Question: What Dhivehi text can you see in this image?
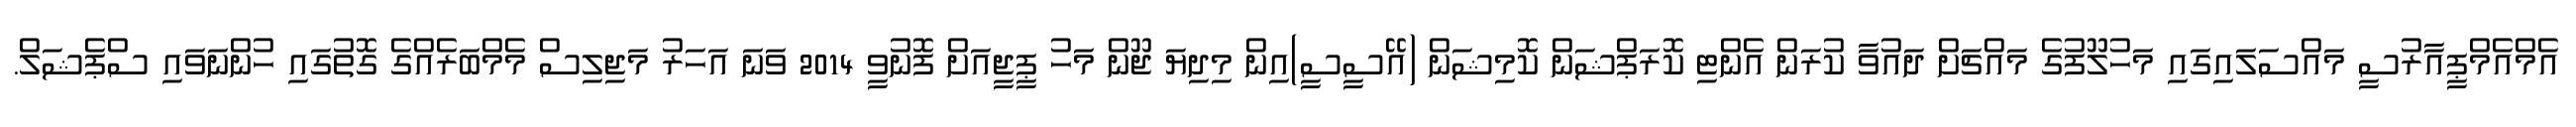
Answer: އެމްއެމްޕީއާރުސީ މައްސަލައިގައި މަހުލޫފުގެ މައްޗަށް ދައުވާ ކުރަން އެންޓި ކޮރަޕްޝަން ކޮމިޝަން (އޭސީސީ)އިން މިދިޔަ ޖޫން މަހު ޕީޖީއަށް ފޮނުވީ 2014 ވަނަ އަހަރު މަޖިލިސް މެމްބަރެއްގެ ގޮތުގައި ހުންނަވައި ސްޕެޝަލް.